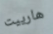
هارييت